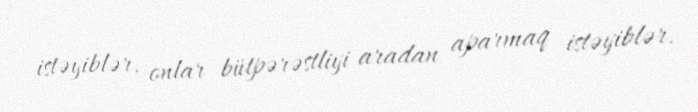
istəyiblər, onlar bütpərəstliyi aradan aparmaq istəyiblər.